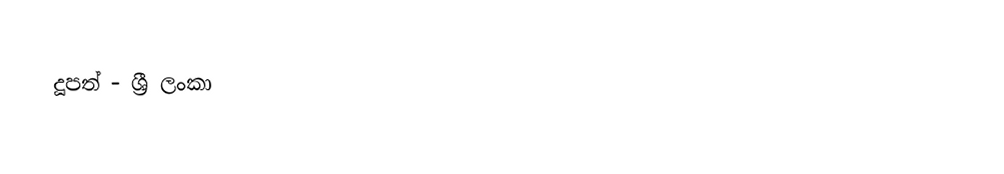
දූපත් - ශ්‍රී ලංකා